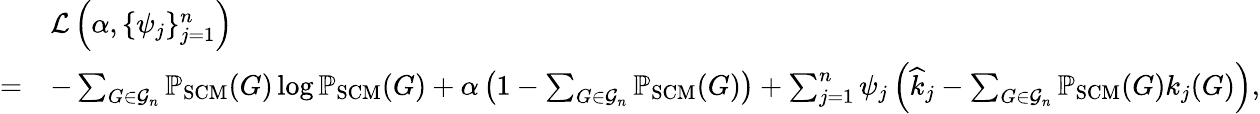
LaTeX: {\begin{array}{rl}&{{\mathcal{L}}\left(\alpha,\{ \psi_{j}\} _{j=1}^{n}\right)}\\ {=}&{-\sum_{G\in{\mathcal{G}}_{n}}\mathbb{P}_{\mathrm{SCM}}(G)\log\mathbb{P}_{\mathrm{SCM}}(G)+\alpha\left(1-\sum_{G\in{\mathcal{G}}_{n}}\mathbb{P}_{\mathrm{SCM}}(G)\right)+\sum_{j=1}^{n}\psi_{j}\left({\widehat{k}}_{j}-\sum_{G\in{\mathcal{G}}_{n}}\mathbb{P}_{\mathrm{SCM}}(G)k_{j}(G)\right),}\end{array}}